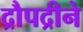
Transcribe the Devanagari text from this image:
द्रौपद्रीने